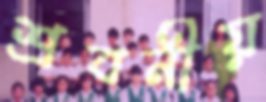
শ্রবনীয়